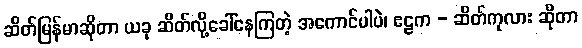
ဆိတ်မြန်မာဆိုတာ ယခု ဆိတ်လို့ခေါ်နေကြတဲ့ အကောင်ပါပဲ၊ ဧဠက - ဆိတ်ကုလား ဆိုတာ